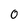
Character: 0